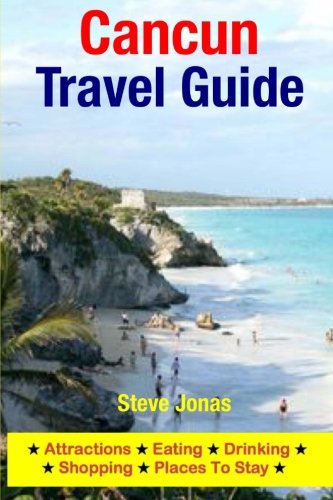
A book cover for Cancun Travel Guide: Attractions, Eating, Drinking, Shopping & Places To Stay; Steve Jonas; Travel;